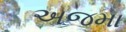
અજમા